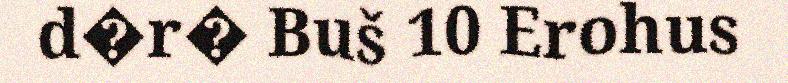
d�r� Buš 10 Erohus